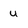
Character: u